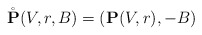
\begin{align*} \mathring{\mathbf{P}}(V,r,B) = (\mathbf{P}(V,r),-B)\end{align*}